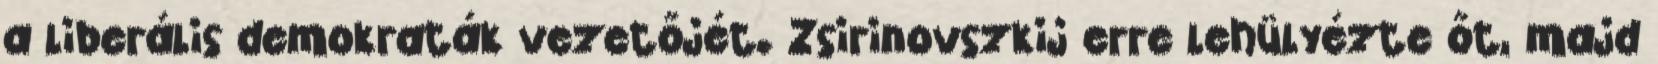
a liberális demokraták vezetőjét. Zsirinovszkij erre lehülyézte őt, majd